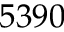
5 3 9 0